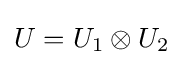
U=U_{1}\otimes U_{2}